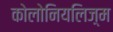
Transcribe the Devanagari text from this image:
कोलोनियलिज़्म